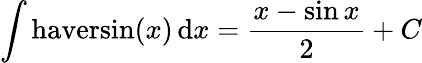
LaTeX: \int\mathrm{haversin}(x)\, \mathrm{d}x={\frac{x-\sin{x}}{2}}+C